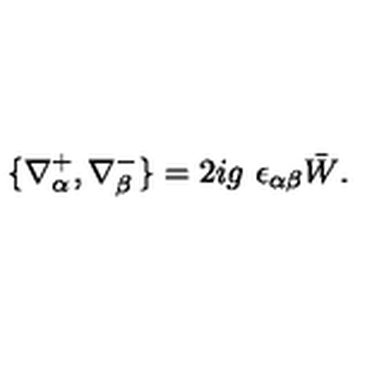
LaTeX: \{ \nabla _ { \alpha } ^ { + } , \nabla _ { \beta } ^ { - } \} = 2 i g \ \epsilon _ { \alpha \beta } \bar { W } .